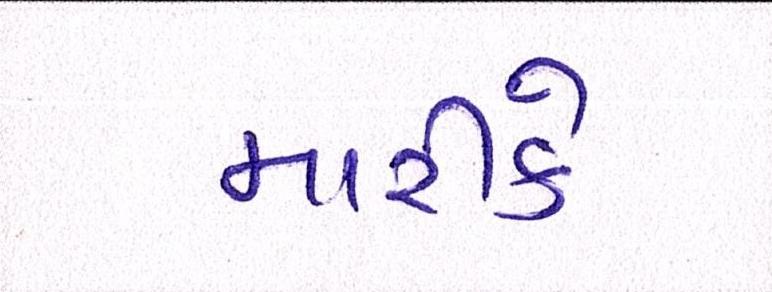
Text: મારીકે